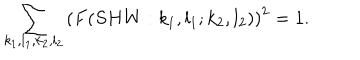
\sum _ { k _ { 1 } , l _ { 1 } , k _ { 2 } , l _ { 2 } } \left( F ( S H W : k _ { 1 } , l _ { 1 } ; k _ { 2 } , l _ { 2 } ) \right) ^ { 2 } = 1 .